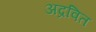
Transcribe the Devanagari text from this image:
अद्रवित